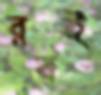
রবই